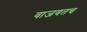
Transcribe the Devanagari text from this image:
वाजवतच